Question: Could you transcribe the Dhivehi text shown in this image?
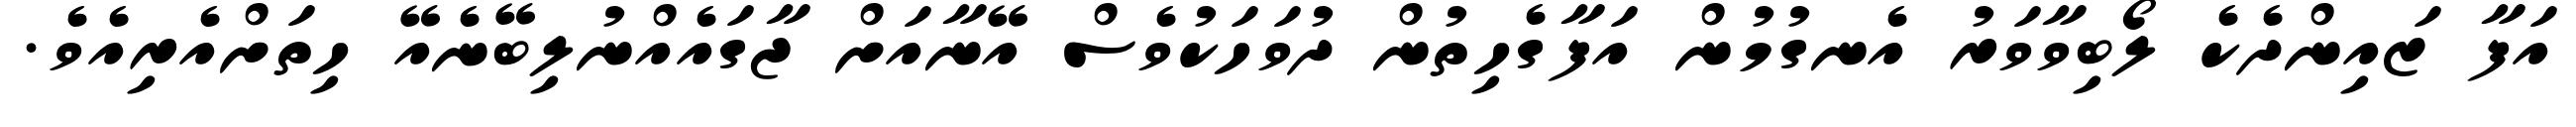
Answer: އަފާ ޒައިންދެކެ ލޯބިވާވަރު އެނގުމުން އަފާގެހިތުން ދުވަހަކުވެސް އޭނާއަށް ޖާގައެއްނުލިބޭނެއޭ ހިތަށްއެރިއެވެ.